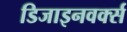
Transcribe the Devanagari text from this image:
डिजाइनवर्क्स